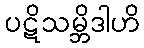
ပဋိသမ္ဘိဒါဟိ